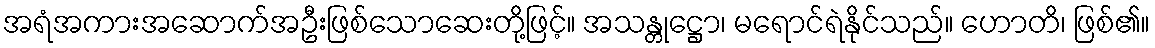
အရံအကားအဆောက်အဦးဖြစ်သောဆေးတို့ဖြင့်။ အသန္တုဋ္ဌော၊ မရောင်ရဲနိုင်သည်။ ဟောတိ၊ ဖြစ်၏။